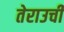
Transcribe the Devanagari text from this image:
तेराउची